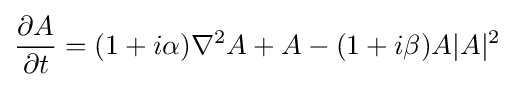
{\frac {\partial A}{\partial t}}=(1+i\alpha )\nabla ^{2}A+A-(1+i\beta )A|A|^{2}